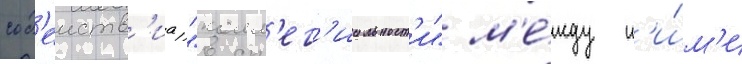
сод'еиств'иа "колл'ег'иальност'и" м'е́жду н'и́м'и